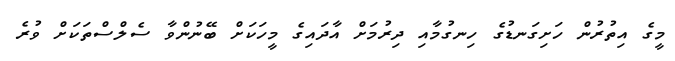
މީގެ އިތުރުން ހަށިގަނޑުގެ ހިނގުމާއި ދިރުމަށް އާދައިގެ މީހަކަށް ބޭނުންވާ ސެލްސްތަކަށް ވުރެ